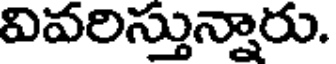
వివరిస్తున్నారు.